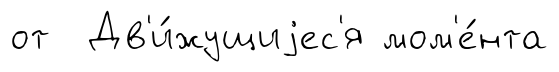
от Дв'и́жущиjес'я мом'е́нта